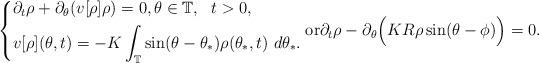
LaTeX: \begin{align*} \begin{dcases}\partial_t \rho + \partial_\theta (v[\rho] \rho) = 0, \theta \in \mathbb T,~~t > 0, \\v[\rho](\theta, t) = - K \int_{\mathbb T} \sin (\theta - \theta_*) \rho(\theta_*, t) ~ d\theta_*.\end{dcases}\mbox{or} \partial_t \rho - \partial_\theta \Big(K R \rho \sin(\theta- \phi) \Big) = 0.\end{align*}